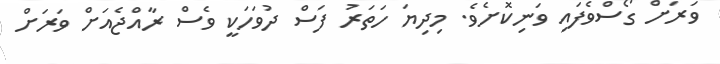
ވަރަށް ގޯސްވެފައި ވަނިކޮށެވެ. މިދިޔަ ހަތަރު ފަސް ދުވަހަކީ ވެސް ރާއްޖެއަށް ވަރަށް